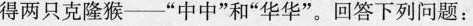
得两只克隆猴--”中中”和”华华”。回答下列问题：